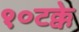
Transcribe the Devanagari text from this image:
१०टक्के